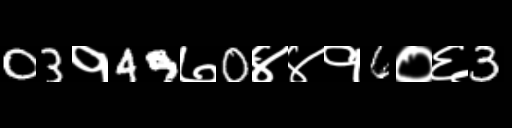
Text: 03१49७0४४१6०६3